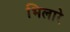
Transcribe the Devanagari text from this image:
भिलारे